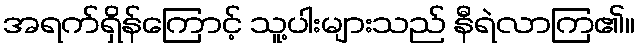
အရက်ရှိန်ကြောင့် သူ့ပါးများသည် နီရဲလာကြ၏။